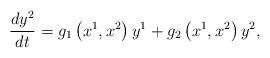
LaTeX: \begin{align*}\frac{dy^{2}}{dt}=g_{1}\left( x^{1},x^{2}\right) y^{1}+g_{2}\left(x^{1},x^{2}\right) y^{2},\end{align*}